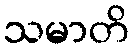
သမာတိ